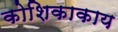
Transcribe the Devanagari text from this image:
कोशिकाकाय